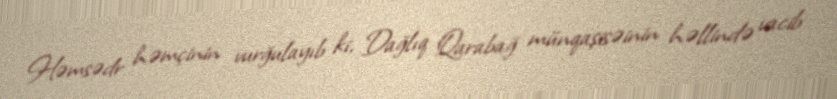
Həmsədr həmçinin vurğulayıb ki, Dağlıq Qarabağ münqaşisəinin həllində vacib